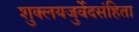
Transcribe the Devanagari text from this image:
शुक्लयजुर्वेदसंहिता